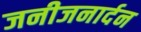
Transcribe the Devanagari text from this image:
जनीजनार्दन